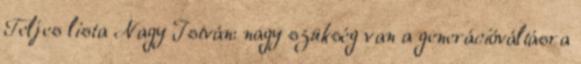
Teljes lista Nagy István: nagy szükség van a generációváltásra